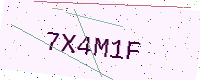
Text: 7X4M1F